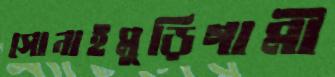
সোনাইমুড়িগামী